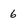
Character: 6